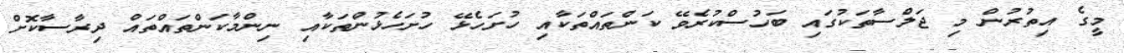
މީގެ އިތުރުން މި ޖަލްސާތަކުގައި ބަހުސްކުރެވޭ ކަންތައްތަކާއި ހުށަހެޅޭ ހުށަހެޅުންތަކާއި ނިންމާކަންތައްތައް ދިރާސާކޮށް